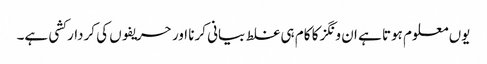
یوں معلوم ہوتا ہے ان ونگز کا کام ہی غلط بیانی کرنا اور حریفوں کی کردار کشی ہے۔